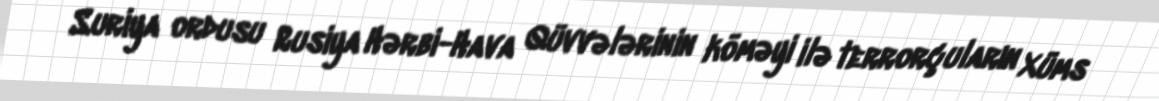
Suriya ordusu Rusiya Hərbi-Hava Qüvvələrinin köməyi ilə terrorçuların Xüms